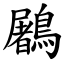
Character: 鷵